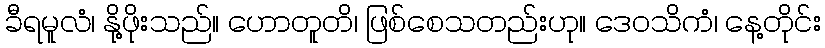
ခီရမူလံ၊ နို့ဖိုးသည်။ ဟောတူတိ၊ ဖြစ်စေသတည်းဟု။ ဒေဝသိကံ၊ နေ့တိုင်း